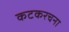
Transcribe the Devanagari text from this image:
कटकरचना